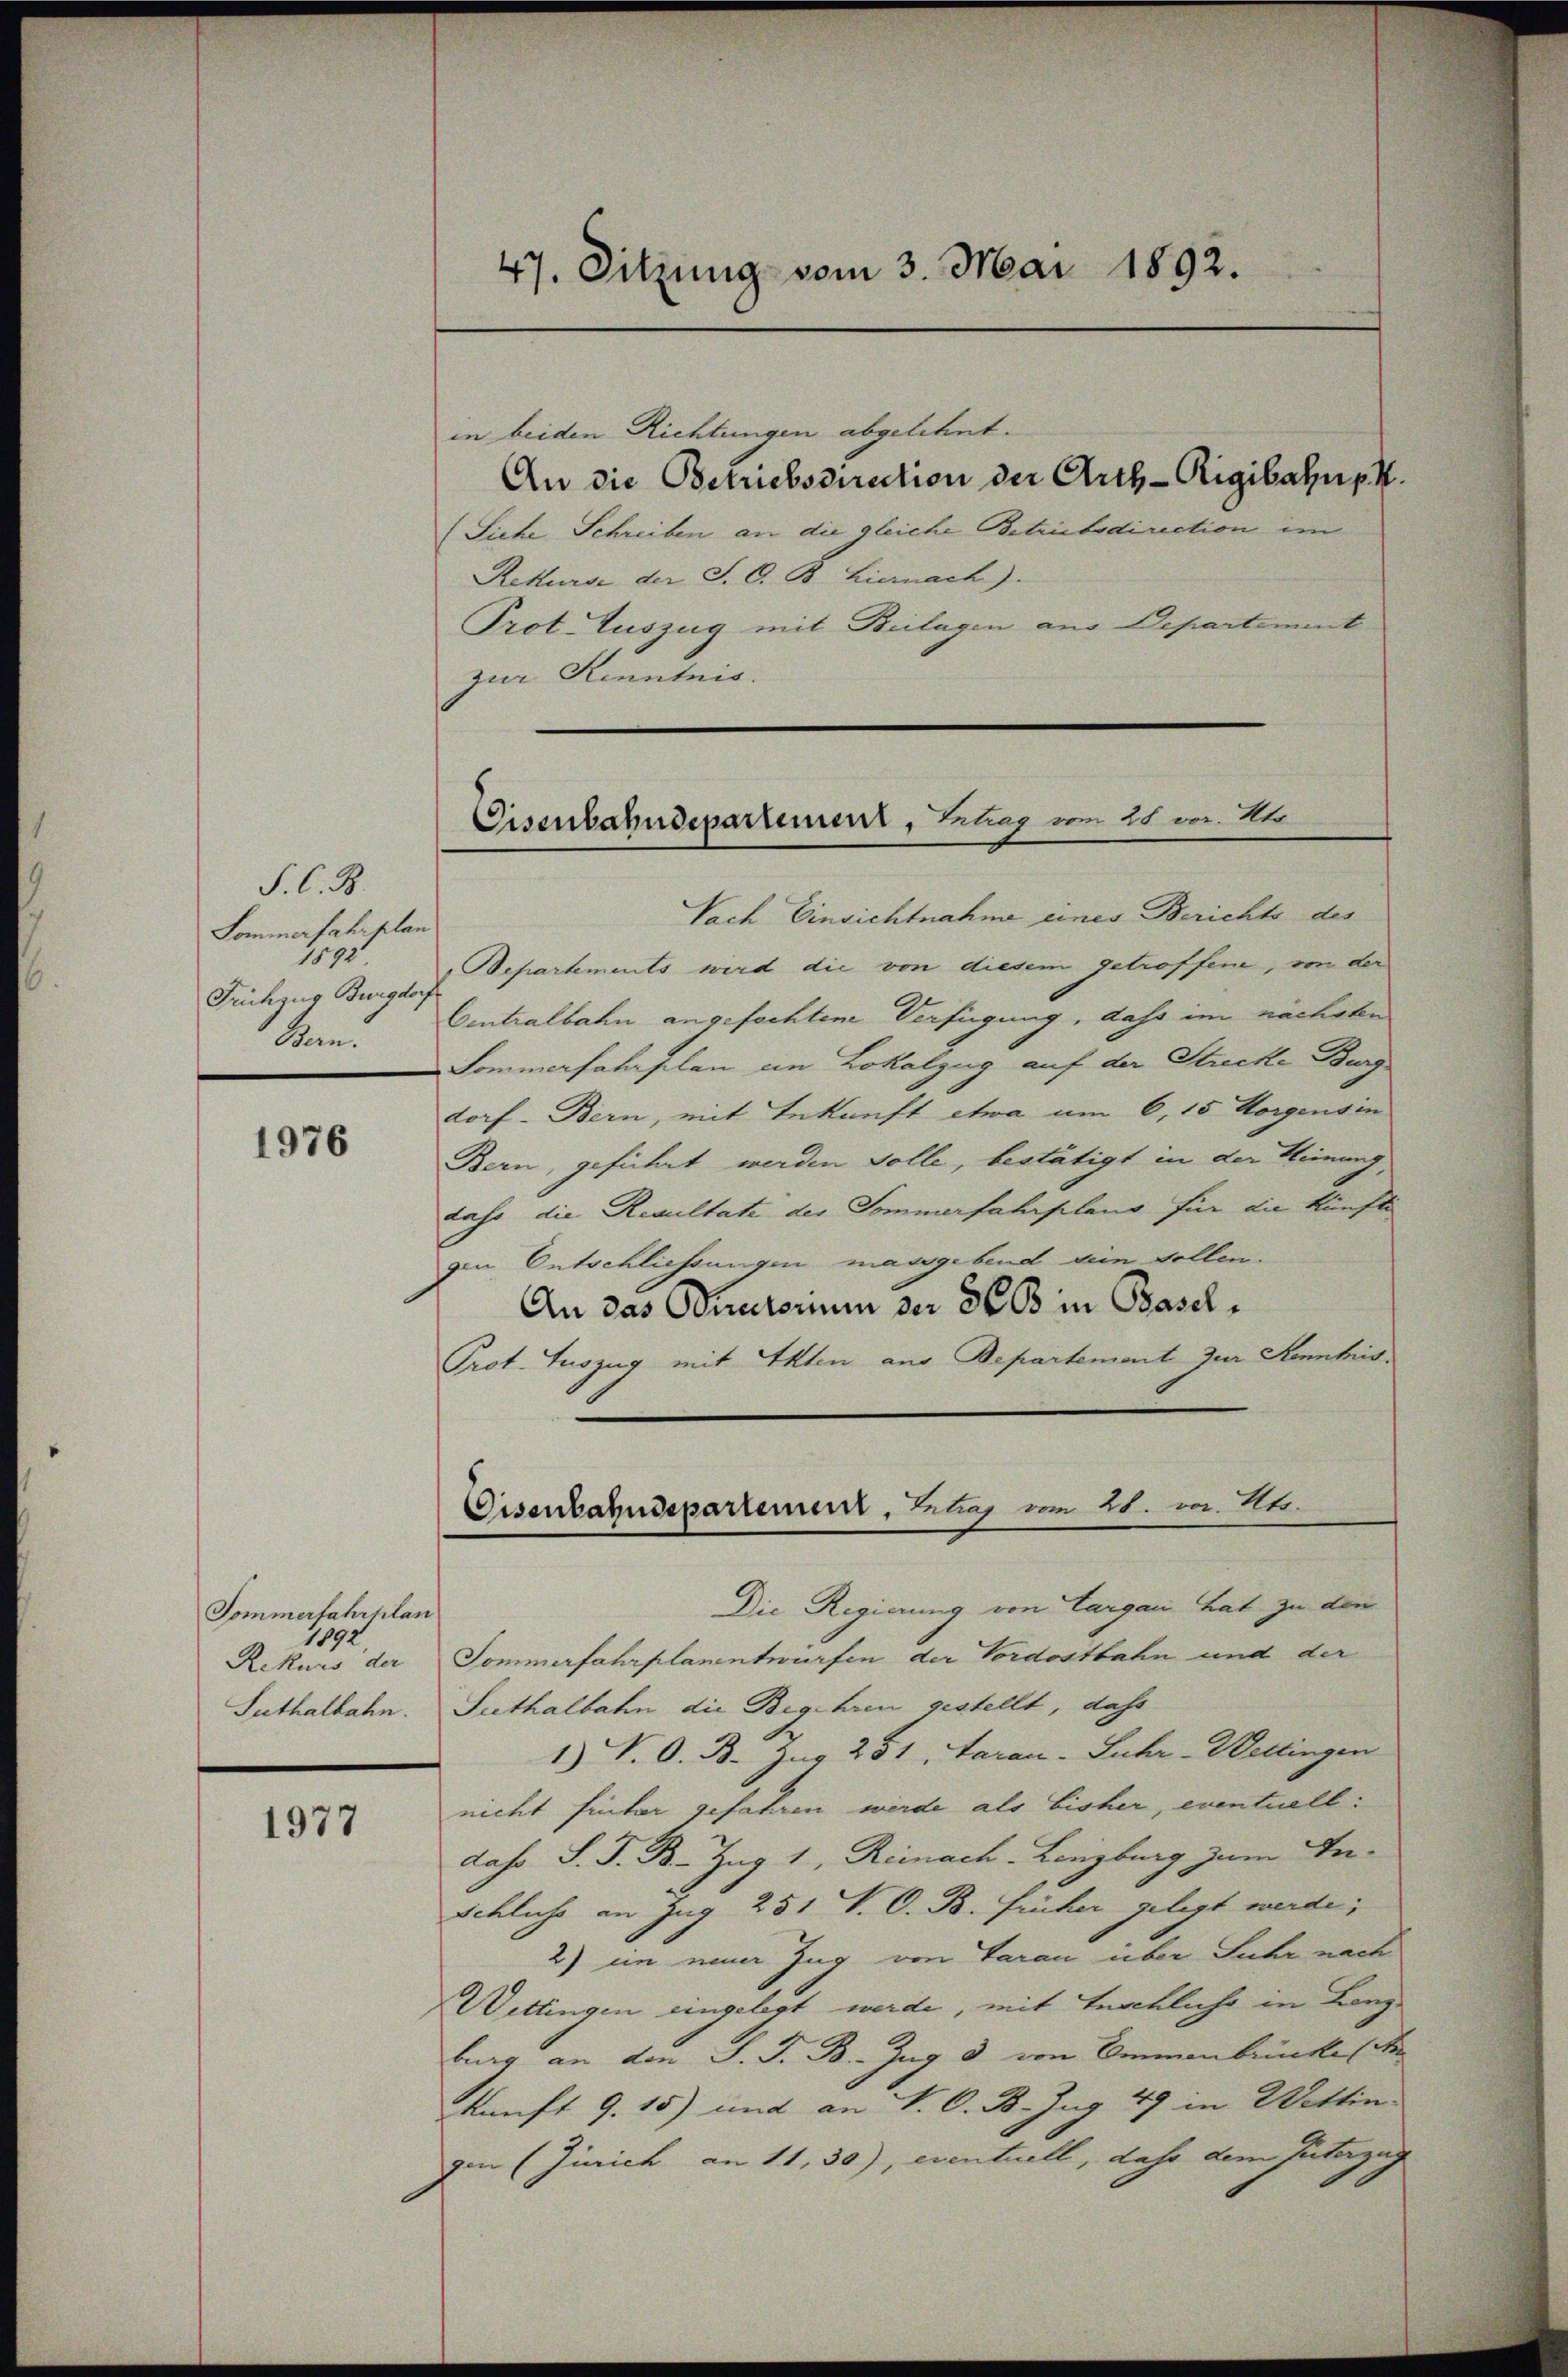
F. C. B.
Lommafahrplan
1890
Frühzug Burgdor
Ban.

1976

Sommerfahrelan
1892

1977

in beiden Richtungen abgelehnt.
An die Betriebsdirection der Arth-Rigibahn p.
(Siehe Schreiben an die gleiche Betriebsdirection im
Rekurse der S. C. B. Hiernach).
Prot. Auszug mit Beilagen aus Departement
zur Kenntnis.

47. Sitzung vom 3. Mai 1892.

Eisenbahndepartement, Betrag vom 28 von Sto

Disenbahndepartement, Betrag vom 28. v. 24.

Nach Einsichtnahme eines Berichts des
Separtements wird die von diesem getroffene, von der
f
Centralbahn angefochten Verfügung, dass im nächsten
Sommerfahrplan im Lokalzug auf der Strecke Burg
dorf- Bern, mit Bekunft etwa um 6, 15 Horgensin
Bern, geführt werden solle, bestätigt in der Meinung,
dass die Resultate der Sommerfahrplang für die künfti
gen Entschliessungen massgebend sein sollen.
An das Victorum der 360 in Basel¬
Prot. Auszug mit Akten aus Departement zur Kenntis¬
Die Regierung von Largau hat zu den
Rekurs der Sommerfahrplanentwürfen der Vordostbahn und der
Suthalbahn. Seethalbahn die Begehren gestellt, dass
1) P. O. B. Z. 251, Aarau - Suhr-Weltingen
nicht hinter gefahren werde als bisher, eventuell:
daho S. J. B. Zug 1, Reinach Lenzburg zum In¬
Schluss an Zug 251 V. O. B. Früher gelegt werde;
2) ein neuer Zug von Garan über Fuhr nach
Wettingen eingelegt werde, mit Inschluss in Lenz
burg an den S. F. B. Zug 8 von Ammenbrücke (de
kunft 9. 15) und an V. C. B. Zug 49 in Wettin
zen (Zürich an 11,30), eventuell, dass dem Interzug |